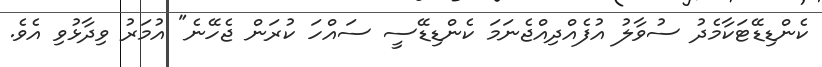
ކެންޑިޑޭޓަކާމެދު ސުވާލު އުފެއްދިއްޖެނަމަ ކެންޑިޑޭސީ ސައްހަ ކުރަން ޖެހޭނެ" އުމަރު ވިދާޅުވި އެވެ.